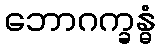
ဘောဂက္ခန္ဓံ